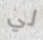
لي